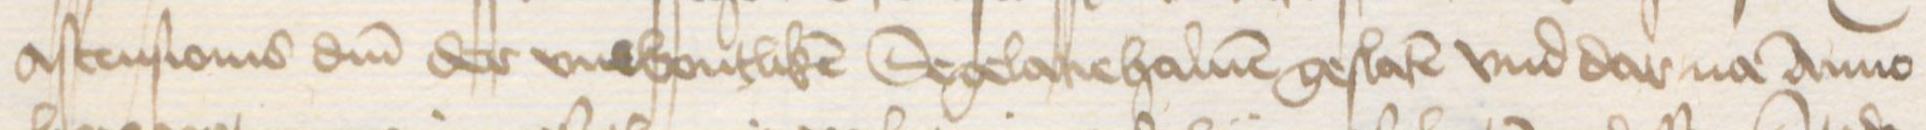
Ascensionis domini der vnwontliken Segelacie haluen geslaten vnd dar na Anno